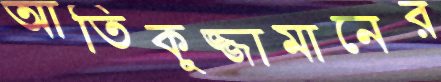
আতিকুজ্জামানের